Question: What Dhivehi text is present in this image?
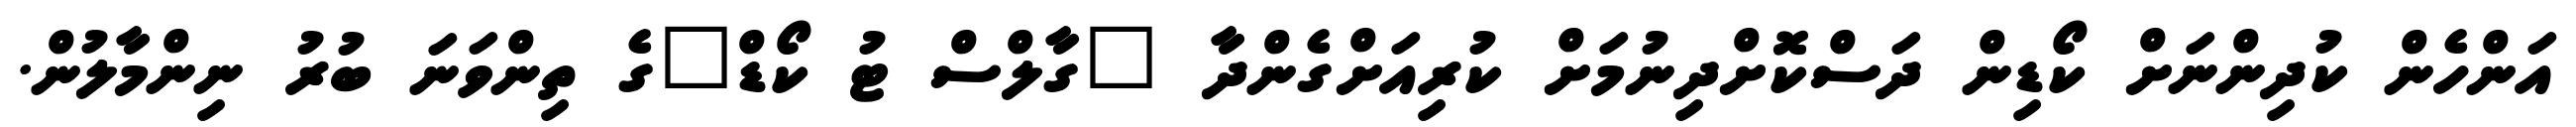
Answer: އަންހެން ކުދިންނަށް ކޯޑިން ދަސްކޮށްދިނުމަށް ކުރިއަށްގެންދާ "ގާލްސް ޓު ކޯޑް"ގެ ތިންވަނަ ބުރު ނިންމާލުން.